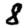
Digit: 8